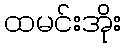
ထမင်းအိုး